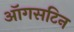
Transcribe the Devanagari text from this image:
ऑगसटिन